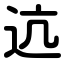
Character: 迒